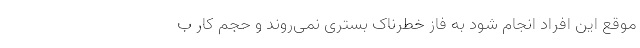
موقع این افراد انجام شود به فاز خطرناک بستری نمی‌روند و حجم کار ب